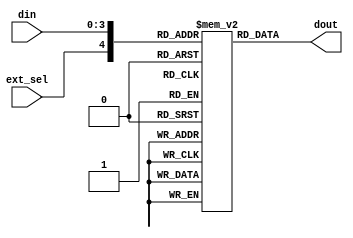
// This program was cloned from: https://github.com/briansune/USB-PD-3.1-Verilog
// License: MIT License

//  ____         _                ____                      
// | __ )  _ __ (_)  __ _  _ __  / ___|  _   _  _ __    ___ 
// |  _ \ | '__|| | / _` || '_ \ \___ \ | | | || '_ \  / _ \
// | |_) || |   | || (_| || | | | ___) || |_| || | | ||  __/
// |____/ |_|   |_| \__,_||_| |_||____/  \__,_||_| |_| \___|
//                                                          
// Programed By: BrianSune
// Contact: briansune@gmail.com
// 


`timescale 1ns/1ps

module enc_4b5b(
	
	input	[3 : 0]		din,
	input				ext_sel,
	output	[4 : 0]		dout
);
	
	reg		[4 : 0]		lut_4b5b	[0 : 21];
	
	initial begin
		lut_4b5b[0]  <= 5'b11110;
		lut_4b5b[1]  <= 5'b01001;
		lut_4b5b[2]  <= 5'b10100;
		lut_4b5b[3]  <= 5'b10101;
		lut_4b5b[4]  <= 5'b01010;
		lut_4b5b[5]  <= 5'b01011;
		lut_4b5b[6]  <= 5'b01110;
		lut_4b5b[7]  <= 5'b01111;
		lut_4b5b[8]  <= 5'b10010;
		lut_4b5b[9]  <= 5'b10011;
		lut_4b5b[10] <= 5'b10110;
		lut_4b5b[11] <= 5'b10111;
		lut_4b5b[12] <= 5'b11010;
		lut_4b5b[13] <= 5'b11011;
		lut_4b5b[14] <= 5'b11100;
		lut_4b5b[15] <= 5'b11101;
		// 1 XXXX
		lut_4b5b[16] <= 5'b11000; // sync-1
		lut_4b5b[17] <= 5'b10001; // sync-2
		lut_4b5b[18] <= 5'b00111; // rst-1
		lut_4b5b[19] <= 5'b11001; // rst-2
		lut_4b5b[20] <= 5'b01101; // eop
		lut_4b5b[21] <= 5'b00110; // sync-3
	end
	
	assign dout = lut_4b5b[{ext_sel, din}];
	
endmodule